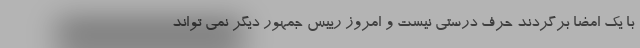
با یک امضا برگردند حرف درستی نیست و امروز رییس جمهور دیگر نمی تواند